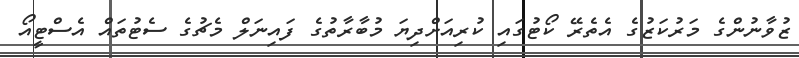
ޒުވާނުންގެ މަރުކަޒުގެ އެތެރޭ ކޯޓުގައި ކުރިއަށްދިޔަ މުބާރާތުގެ ފައިނަލް މެޗުގެ ސެޓުތައް އެސްޓީއޯ